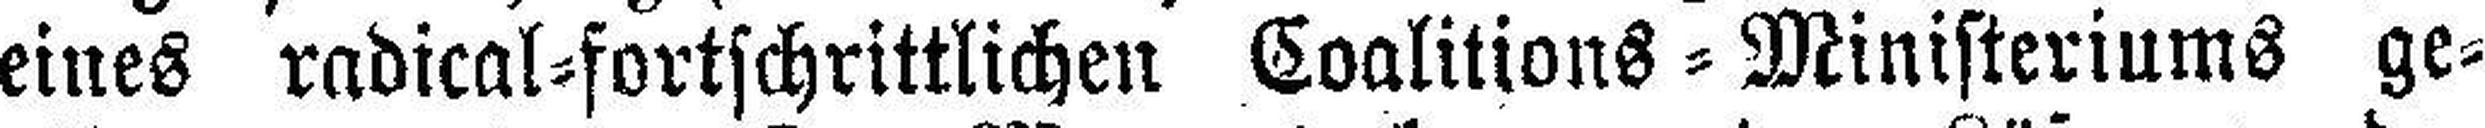
eines radical=fortschrittlichen Coalitions=Ministeriums ge¬